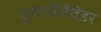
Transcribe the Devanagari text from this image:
यूनानीलैवेंडर